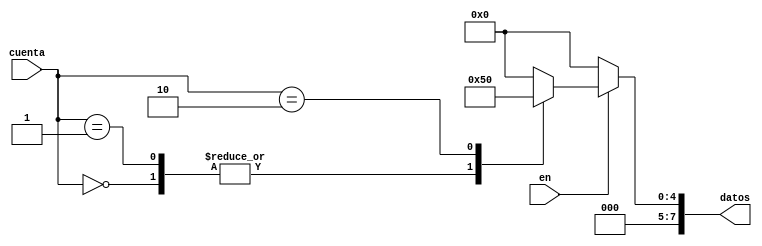
`timescale 1ns / 1ps
//////////////////////////////////////////////////////////////////////////////////
// Company: 
// Engineer: 
// 
// Design Name: 
// Module Name:    deco_inicio 
// Project Name: 
// Target Devices: 
// Tool versions: 
// Description: 
//
// Dependencies: 
//
// Revision: 
// Revision 0.01 - File Created
// Additional Comments: 
//
//////////////////////////////////////////////////////////////////////////////////
module deco_inicio(//Direcciones
input en,
output reg [7:0]datos,
input[2:0] cuenta
    );

always@*
begin
	if(en)
	begin
	case (cuenta) 
				3'b000 : datos = 8'h2;//Bit_inicio
				3'b001 : datos = 8'h2;//Bit_inicio
				3'b010 : datos = 8'h10;///Digital_Triming
				3'b011 : datos = 8'h0;	//frecuency_turning
			
		default datos= 8'h0;
		endcase
		 end
	else 
	datos= 8'h0;
end


endmodule